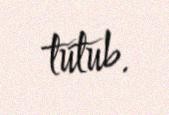
tutub.